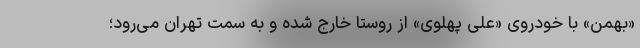
«بهمن» با خودروی «علی پهلوی» از روستا خارج شده و به سمت تهران می‌رود؛